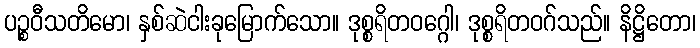
ပဉ္စဝီသတိမော၊ နှစ်ဆဲငါးခုမြောက်သော။ ဒုစ္စရိတဝဂ္ဂေါ၊ ဒုစ္စရိတဝဂ်သည်။ နိဋ္ဌိတော၊